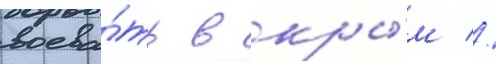
воева́ть в кры́м //